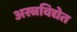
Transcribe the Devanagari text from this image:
अस्त्रविद्येत